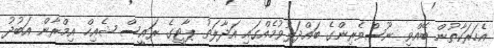
އެހަރަކާތުން ބޭއްވި ނޫސްވެރިންގެ ބައްދަލުވުމެއްގައި އަދާލަތު ޕާޓީގެ ރައީސް ޝެއިހް އިމްރާން އަބުދު